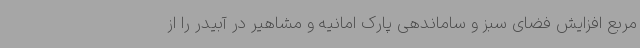
مربع افزایش فضای سبز و ساماندهی پارک امانیه و مشاهیر در آبیدر را از